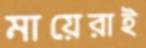
মায়েরাই